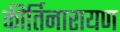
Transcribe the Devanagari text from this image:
कीर्तिनारायण